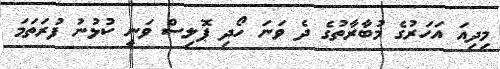
މިދިއަ އަހަރުގެ މުބާރާތުގެ ދެ ވަނަ ހޯދި ޕޮލިސް ވަނީ ކުޅުނު ފުރަތަމަ